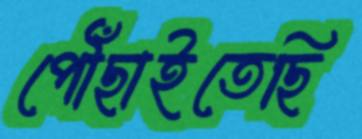
পৌঁছাইতেছি